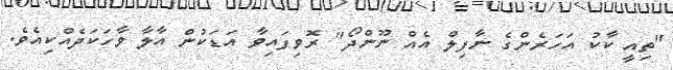
"ތިއީ ކާކު އަހަރެންގެ ނާފިލް އެއް ނޫންދޯ" ރޮވިފައިވާ އަޑަކުން އާލާ ވާހަކަދެއްކިއެވެ.